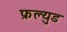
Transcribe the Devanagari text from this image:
फ्रल्युड